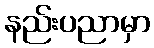
နည်းပညာမှာ